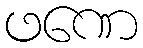
ဖဏေ